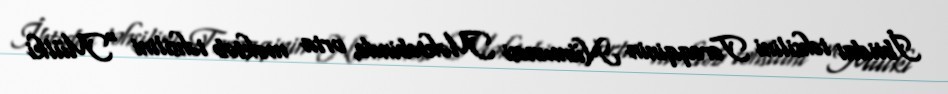
İbtidai təhsilini Tərəqqinin Nümunəsi Məktəbində, orta məktəb təhsilini "Mülki